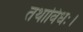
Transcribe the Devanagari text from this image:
तथाविधः।